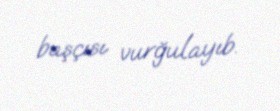
başçısı vurğulayıb.